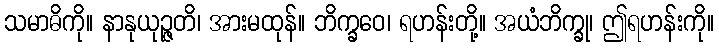
သမာဓိကို။ နာနုယုဉ္ဇတိ၊ အားမထုန်။ ဘိက္ခဝေ၊ ရဟန်းတို့။ အယံဘိက္ခု၊ ဤရဟန်းကို။